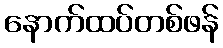
နောက်ထပ်တစ်ဖန်